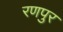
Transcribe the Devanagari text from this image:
रणपुर